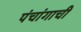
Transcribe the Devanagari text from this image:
पंचांगाची